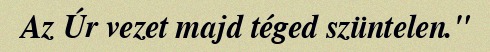
Az Úr vezet majd téged szüntelen."